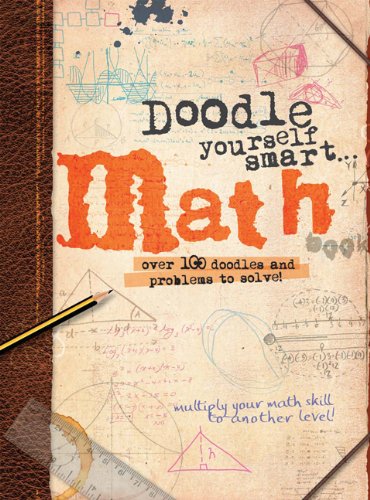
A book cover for Doodle Yourself Smart . . . Math (Doodle Books); Helen Greaves; Humor & Entertainment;